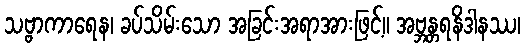
သဗ္ဗာကာရေန၊ ခပ်သိမ်းသော အခြင်းအရာအားဖြင့်။ အဗ္ဘန္တရနိဒါနဿ၊